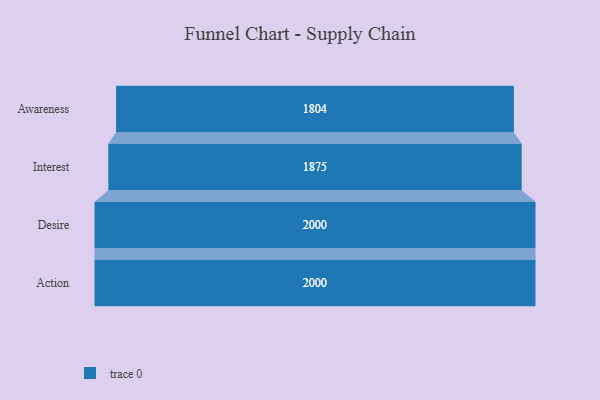
{"axis": {"x": "Stage", "y": "Value"}, "legend": [""], "data": [{"x": "Awareness", "y": 1804.0, "type": ""}, {"x": "Interest", "y": 1875.0, "type": ""}, {"x": "Desire", "y": 2000, "type": ""}, {"x": "Action", "y": 2000, "type": ""}]}